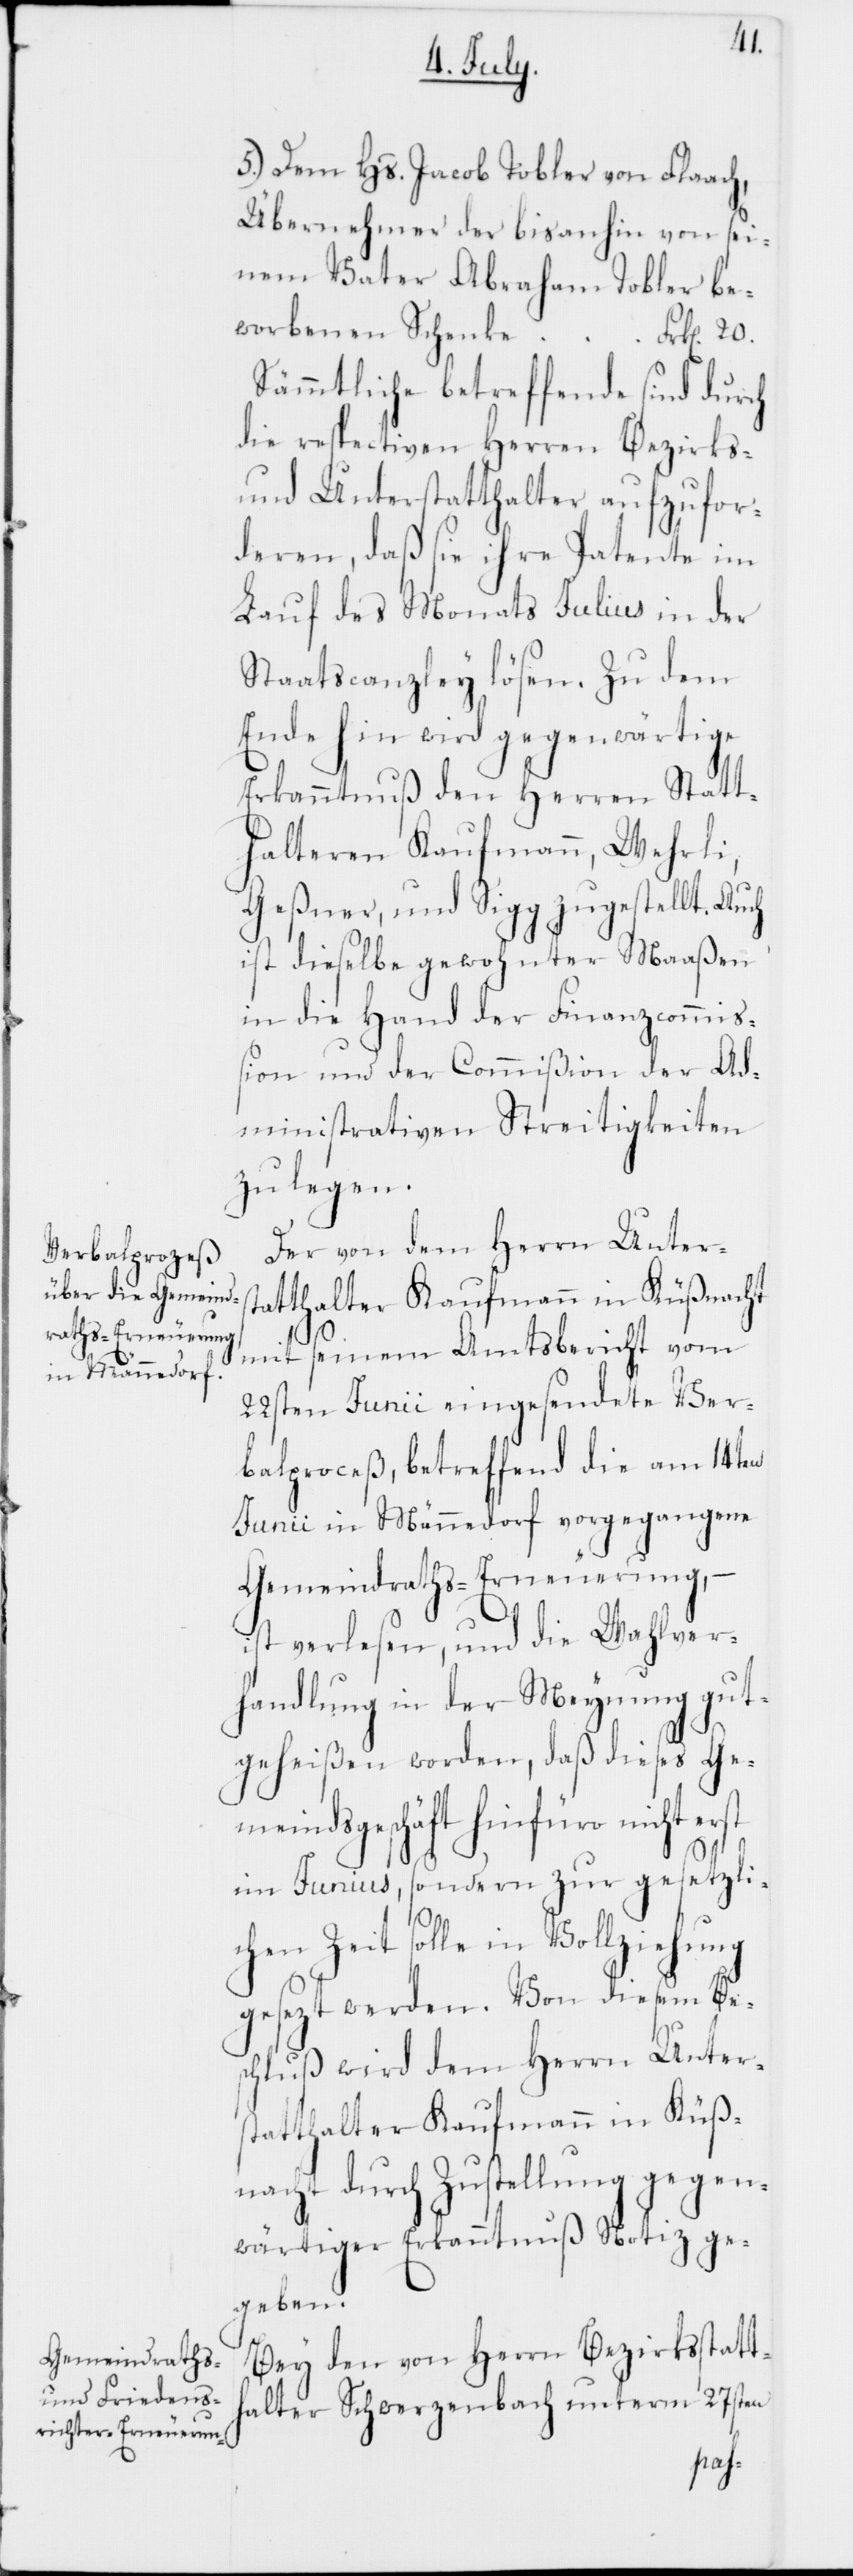
5.) Dem Hs. Jacob Tobler von Flaach,
Übernehmer der bis anhin von sei¬
nem Vater Abraham Tobler be¬
Sämmtliche Betreffende sind durch
die respectiven Herren Bezirks-
und Unterstatthalter aufzufor¬
deren, daß sie ihre Patente im
Lauf des Monats Julius in der
Staatscanzley lösen. Zu dem
Ende hin wird gegenwärtige
Erkanntnuß den Herren Statt¬
halteren Kaufmann, Wehrli,
Geßner, und Sigg zugestellt. Auch
ist dieselbe gewohnter Maaßen
in die Hand der Finanzcommi¬
ßion und der Commißion der Ad¬
ministrativen Streitigkeiten
zu legen.
Der von dem Herrn Unters¬
tatthalter Kaufmann in Küßnacht
20.
mit seinem Amtsbericht vom
22sten Junii eingesendete Ver¬
balproceß, betreffend die am 14ten
Junii in Männedorf vorgegangene
Gemeindraths-Erneuerung, –
ist verlesen, und die Wahlver¬
handlung in der Meynung gut¬
geheißen worden, daß dieses Ge¬
meindsgeschäft hinfüro nicht erst
im Junius, sondern zur gesetzli¬
chen Zeit solle in Vollziehung
gesezt werden. Von diesem Be¬
schluß wird dem Herrn Unter¬
statthalter Kaufmann in Küß¬
nacht durch Zustellung gegen¬
wärtiger Erkanntnuß Notiz ge¬
geben.
Bey den von Herrn Bezirksstatt¬
halter Schwerzenbach unterm 27sten